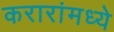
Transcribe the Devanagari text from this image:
करारांमध्ये